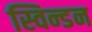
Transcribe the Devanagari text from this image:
स्विन्डन